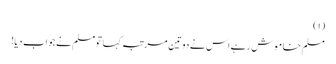
(١)
مسلم خاموش رہے اس نے دوتین مرتبہ کہا تومسلم نے جواب دیا!